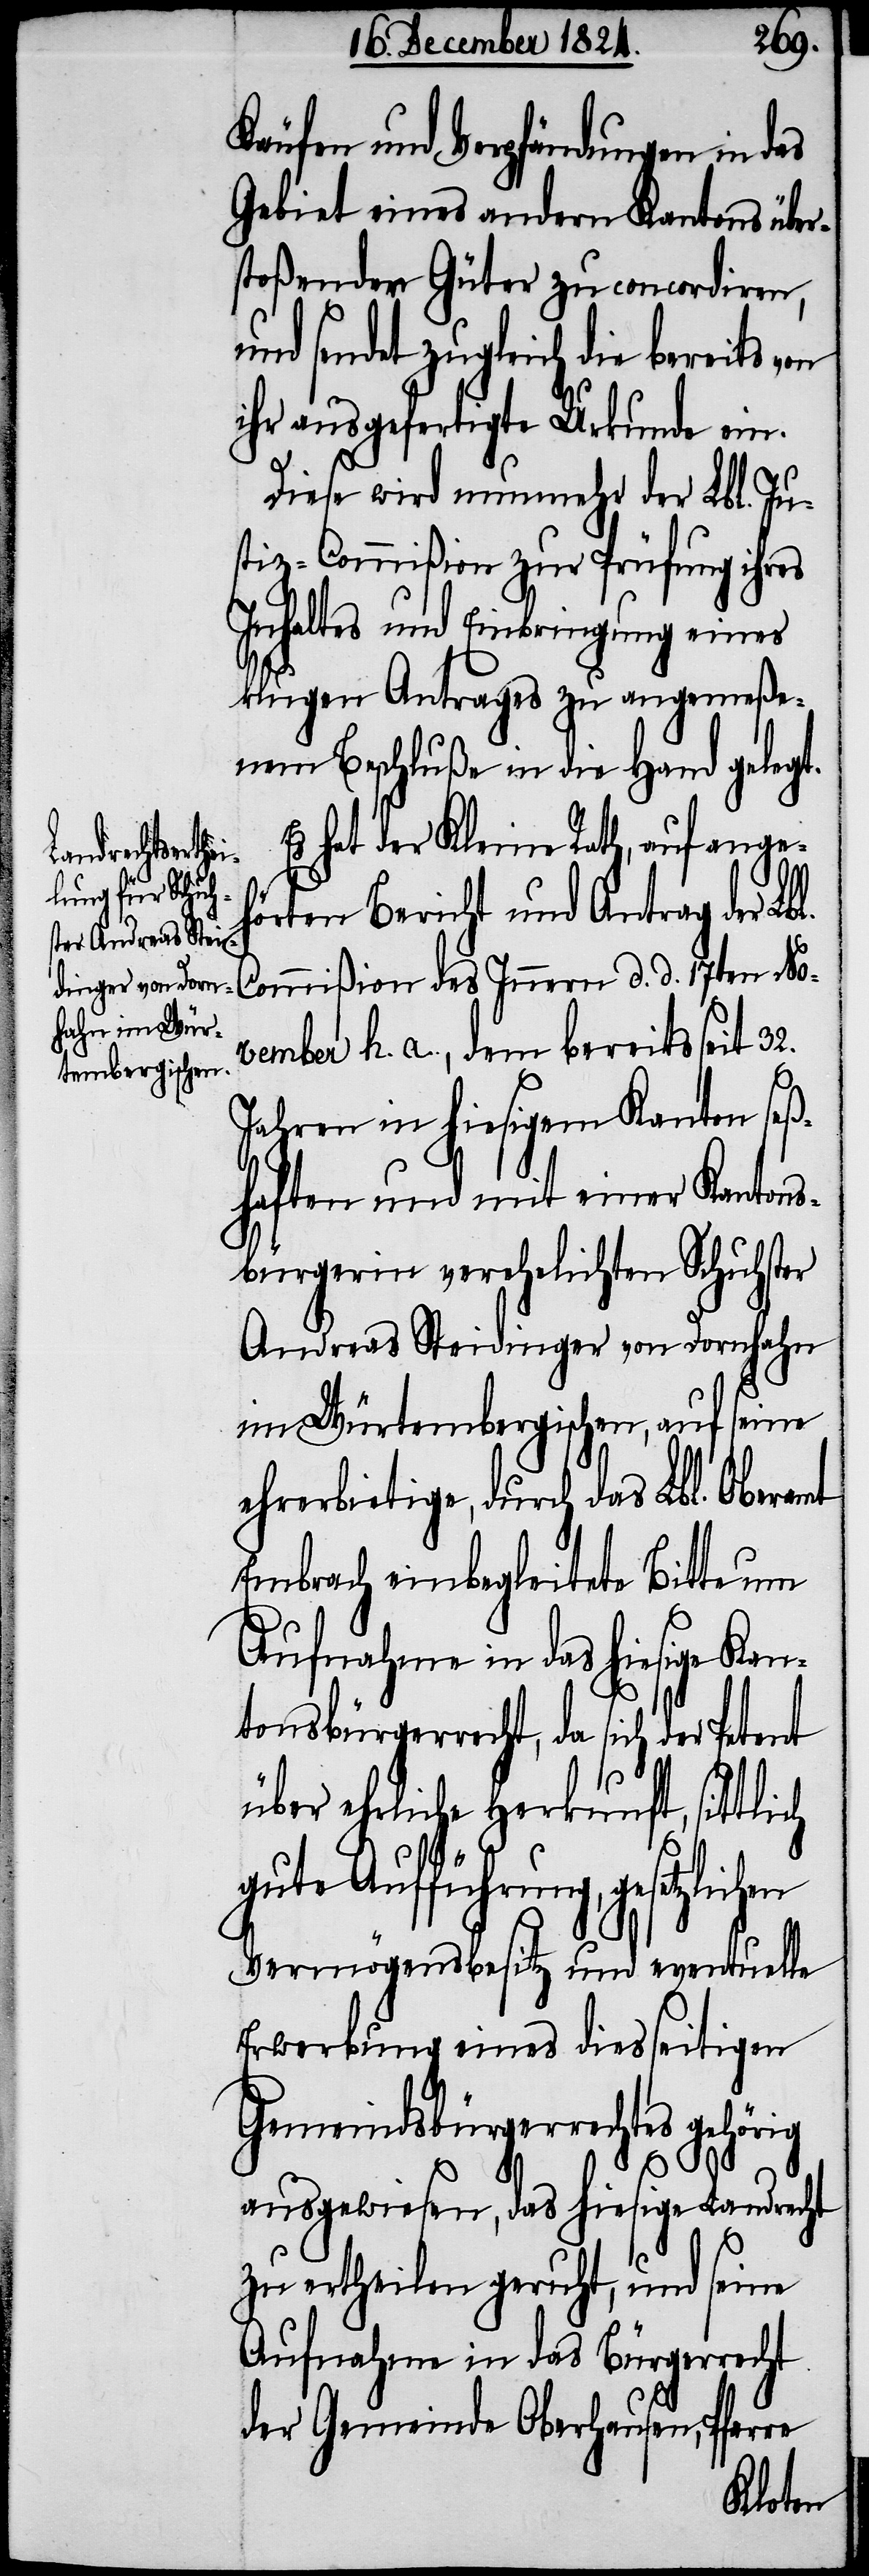
Käufen und Verpfändungen in das
Gebiet eines andern Kantons über¬
stoßenden Güter zu concordiren,
und sendet zugleich die bereits
ihr ausgefertigte Urkunde ein.
Diese wird nunmehr der Lbl. Ju¬
stiz-Commißion zur Prüfung ihres
Inhaltes und Einbringung eines
klugen Antrages zu angemeße¬
nem Beschluße in die Hand gelegt.
Es hat der Kleine Rath, auf angeh¬
örten Bericht und Antrag der Lbl.
Commißion des Innern d. d. 17ten No¬
vember h. a., dem bereits seit 32.
Jahren in hiesigem Kanton seß¬
haften und mit einer Kantons¬
bürgerin verehelichten Schuhster
Andreas Steidinger von Dornhahn
im Würtembergischen, auf seine
ehrerbietige, durch das Lbl. Oberamt
Embrach einbegleitete Bitte um
Aufnahme in das hiesige Kan¬
tonsbürgerrecht, da sich der
über ehrliche Herkunft,
gute Aufführung, gesetzlichen
Vermögensbesitz und eventuelle
Erwerbung eines diesseitigen
Gemeindsbürgerrechtes gehörig
ausgewiesen, das hiesige Landrecht
zu ertheilen geruht, und seine
Aufnahme in das Bürgerrecht
der Gemeinde Oberhause, Pfarre
Petent